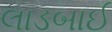
લાડબાઈ